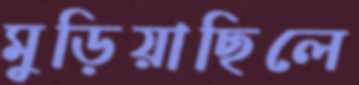
মুড়িয়াছিলে